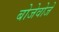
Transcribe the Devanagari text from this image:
बोजेवोजे